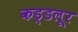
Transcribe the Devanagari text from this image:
कड्डलूर